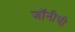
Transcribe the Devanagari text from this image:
जॉनीची